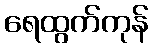
ရေထွက်ကုန်